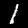
Label: 1